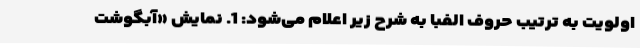
اولویت به ترتیب حروف الفبا به شرح زیر اعلام می‌شود: 1. نمایش «آبگوشت